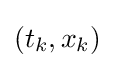
(t_{k},x_{k})